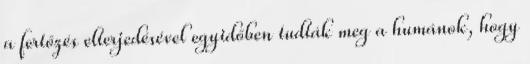
a fertőzés elterjedésével egyidőben tudták meg a humánok, hogy